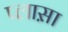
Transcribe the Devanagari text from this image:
प्लास़ा